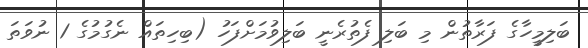
ބަލިމީހާގެ ފަރާތުން މި ބަލި ފެތުރެނީ ބަލިވުމަށްފަހު (ބިހިތައް ނެގުމުގެ 1 ނުވަތަ